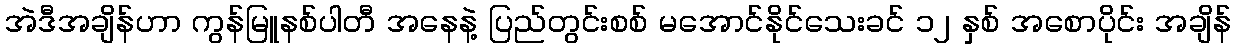
အဲဒီအချိန်ဟာ ကွန်မြူနစ်ပါတီ အနေနဲ့ ပြည်တွင်းစစ် မအောင်နိုင်သေးခင် ၁၂ နှစ် အစောပိုင်း အချိန်